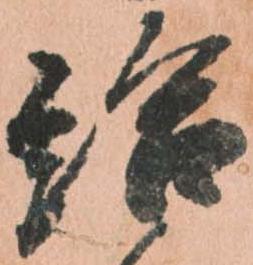
給